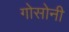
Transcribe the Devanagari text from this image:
गोसोनी